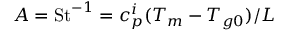
A = \mathrm { S t } ^ { - 1 } = c _ { p } ^ { i } ( T _ { m } - T _ { g 0 } ) / L